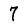
Character: 7